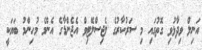
އަނިލް ވިދާޅުވި ގޮތުގައި މި ސަރުކާރުުގެ ލެޖިސްލޭޓިވް އެޖެންޑާގެ އެންމެ މުހިންމު ބަޔަކީ